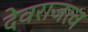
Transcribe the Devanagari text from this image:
देवराजत्व